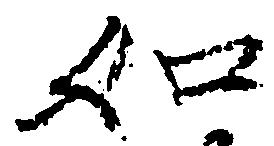
如